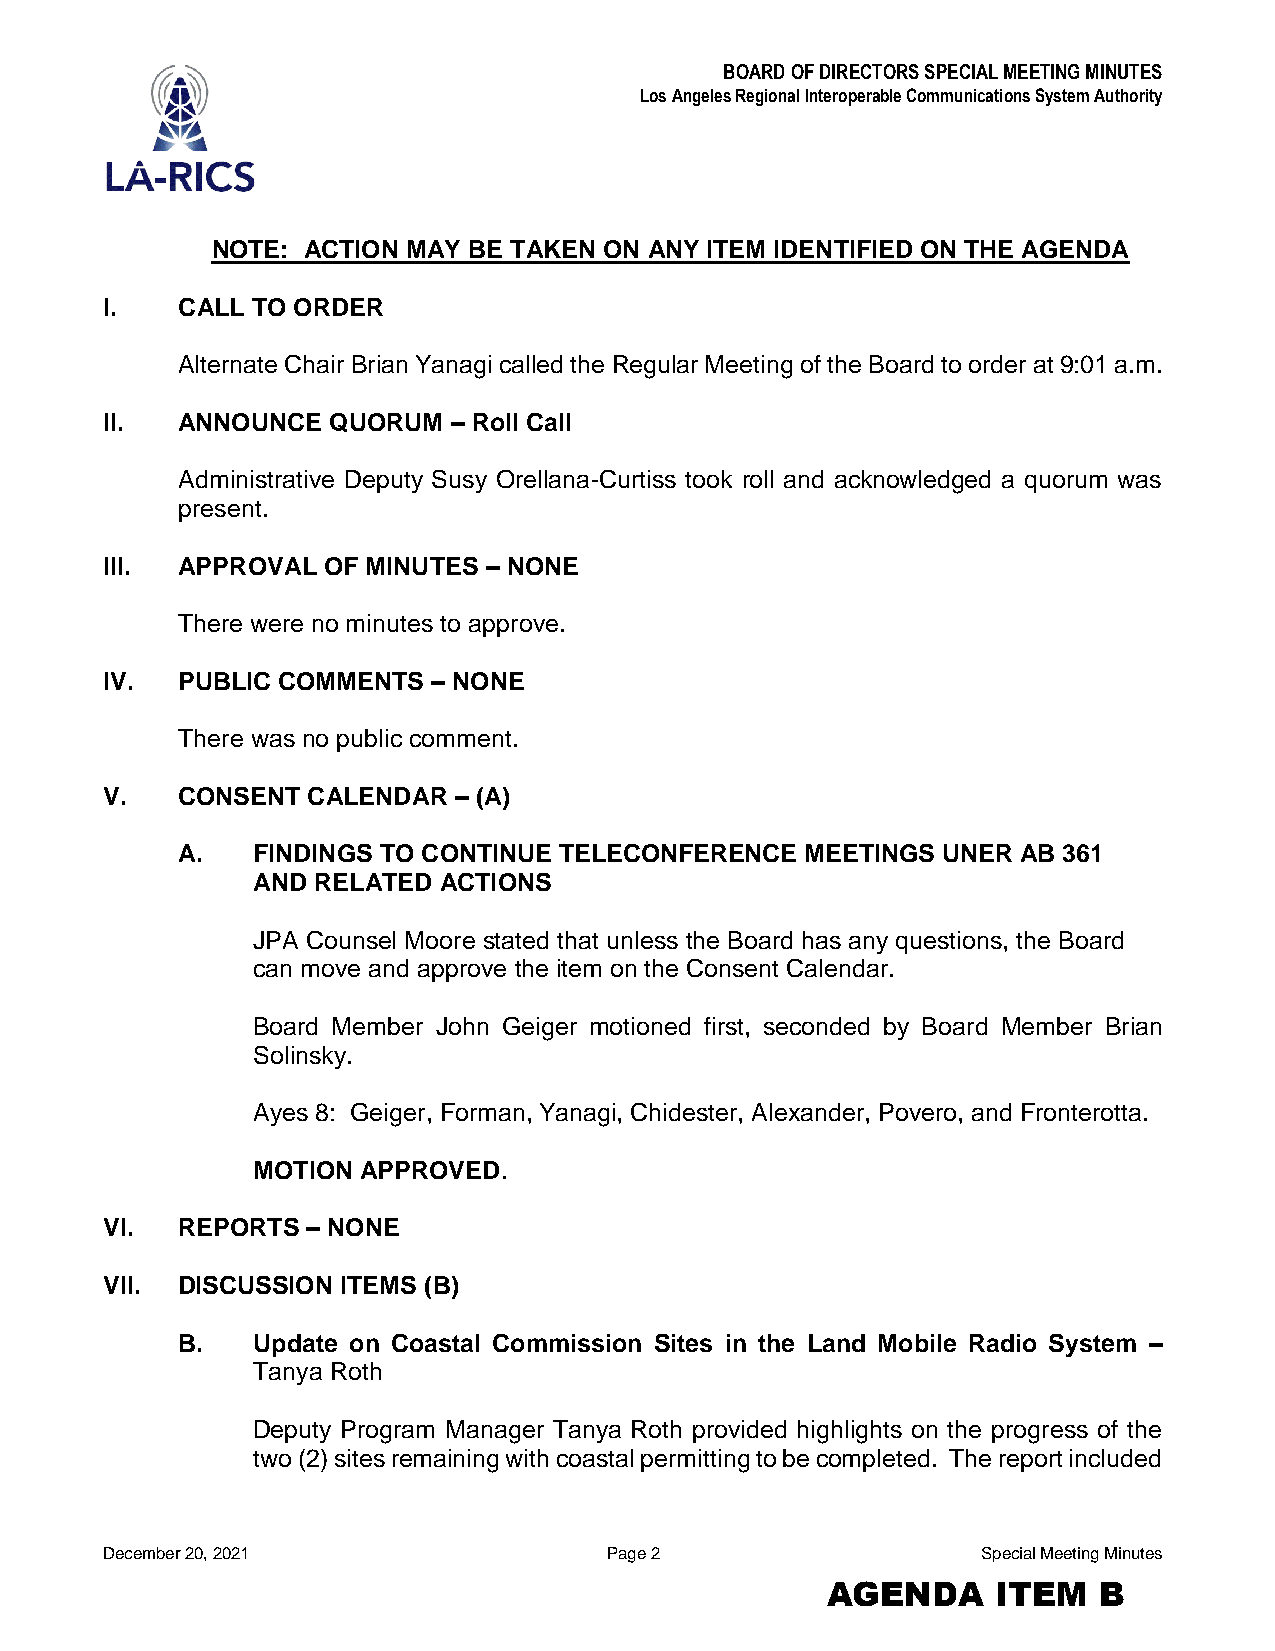
BOARD OF DIRECTORS SPECIAL MEETING MINUTES
 Los Angeles Regional Interoperable Communications System Authority
 NOTE: ACTION MAY BE TAKEN ON ANY ITEM IDENTIFIED ON THE AGENDA
 I.   CALL TO ORDER
 Alternate Chair Brian Yanagi called the Regular Meeting of the Board to order at 9:01 a.m.
 II.  ANNOUNCE  QUORUM  – Roll Call
 Administrative Deputy Susy Orellana-Curtiss took roll and acknowledged a quorum was
 present.
 III. APPROVAL OF MINUTES – NONE
 There were no minutes to approve.
 IV.  PUBLIC COMMENTS  – NONE
 There was no public comment.
 V.   CONSENT CALENDAR  – (A)
 A.   FINDINGS TO CONTINUE TELECONFERENCE MEETINGS UNER  AB 361
 AND RELATED ACTIONS
 JPA Counsel Moore stated that unless the Board has any questions, the Board
 can move and approve the item on the Consent Calendar.
 Board Member John Geiger motioned first, seconded by Board Member Brian
 Solinsky.
 Ayes 8: Geiger, Forman, Yanagi, Chidester, Alexander, Povero, and Fronterotta.
 MOTION APPROVED.
 VI.  REPORTS – NONE
 VII. DISCUSSION ITEMS (B)
 B.   Update on Coastal Commission Sites in the Land Mobile Radio System –
 Tanya Roth
 Deputy Program Manager Tanya Roth provided highlights on the progress of the
 two (2) sites remaining with coastal permitting to be completed. The report included
 December 20, 2021                Page 2                   Special Meeting Minutes
 AGENDA     ITEM   B